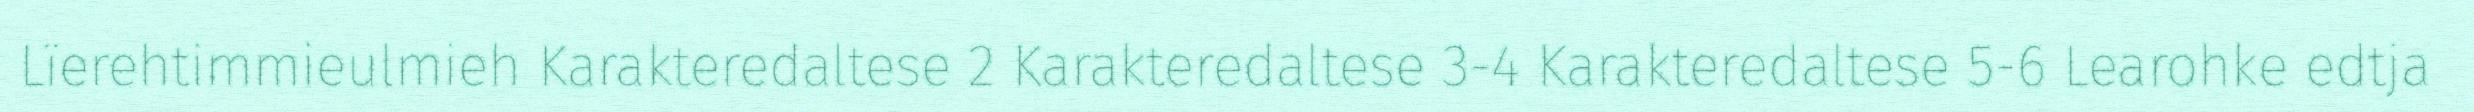
Lïerehtimmieulmieh Karakteredaltese 2 Karakteredaltese 3-4 Karakteredaltese 5-6 Learohke edtja